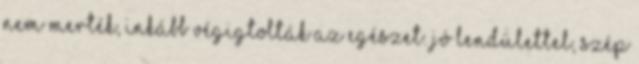
nem merték, inkább végigtolták az egészet. Jó lendülettel, szép